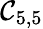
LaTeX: \mathcal{C}_{5,5}